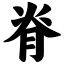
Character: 脊